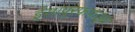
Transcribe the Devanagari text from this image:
ईसापूरफफड़्व